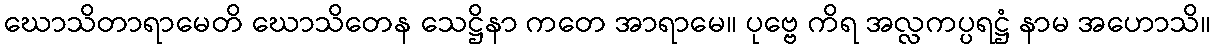
ဃောသိတာရာမေတိ ဃောသိတေန သေဋ္ဌိနာ ကတေ အာရာမေ။ ပုဗ္ဗေ ကိရ အလ္လကပ္ပရဋ္ဌံ နာမ အဟောသိ။